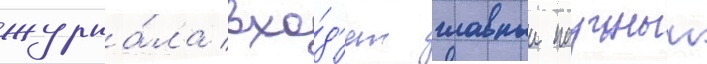
журна́ла вхо́д'ят главныи научныи